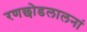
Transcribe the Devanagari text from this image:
रणछोडलालनां